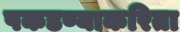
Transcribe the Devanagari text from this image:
पकडण्याकरिता